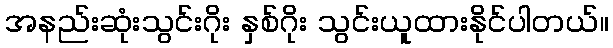
အနည်းဆုံးသွင်းဂိုး နှစ်ဂိုး သွင်းယူထားနိုင်ပါတယ်။